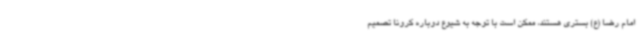
امام رضا (ع) بستری هستند، ممکن است با توجه به شیوع دوباره کرونا تصمیم